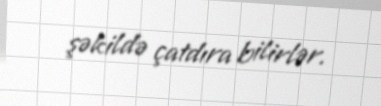
şəkildə çatdıra bilirlər.